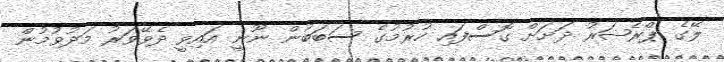
ލޭގެ ޕްރެޝަރު ދަށަށް ގޮސްފައި ހުރުމުގެ ސަބަބުން ނޫނީ އައިވީ ދެވޭވަރު މަދުވުމުން